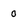
Character: 0